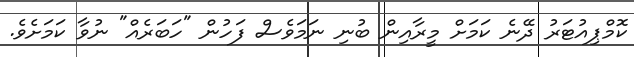
ކޮމްޕިއުޓަރު ދޭނެ ކަމަށް މީރާއިން ބުނި ނަމަވެސް ފަހުން "ހަބަރެއް" ނުވާ ކަމަށެވެ.